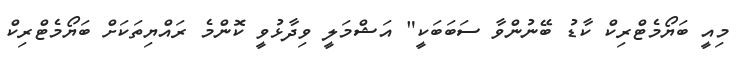
މިއީ ބަޔޯމެޓްރިކް ކާޑު ބޭނުންވާ ސަބަބަކީ" އަޝްމަލީ ވިދާޅުވީ ކޮންމެ ރައްޔިތަކަށް ބަޔޯމެޓްރިކް